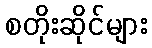
စတိုးဆိုင်များ